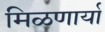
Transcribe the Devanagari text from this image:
मिळणार्या